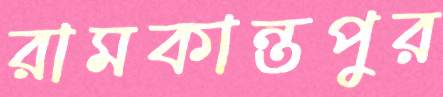
রামকান্তপুর